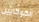
الكوكايين